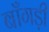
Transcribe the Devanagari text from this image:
बाँगड़ी